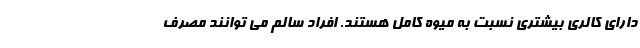
دارای کالری بیشتری نسبت به میوه کامل هستند. افراد سالم می توانند مصرف